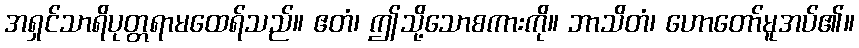
အရှင်သာရိပုတ္တရာမထေရ်သည်။ ဧတံ၊ ဤသို့သောစကားကို။ ဘာသိတံ၊ ဟောတော်မူအပ်၏။